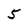
Character: 5